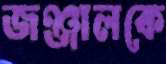
জঞ্জালকে